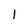
Character: l